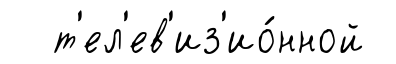
т'ел'ев'из'ио́нной